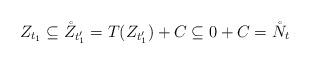
LaTeX: \begin{align*} Z_{t_1} \subseteq \mathring{Z}_{t_1'} = T(Z_{t_1'}) + C \subseteq 0 + C = \mathring{N}_t\end{align*}